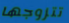
تتزوجها